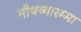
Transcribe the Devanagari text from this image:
नीथय्यारम्मा